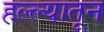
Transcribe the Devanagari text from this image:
हल्ल्यातून